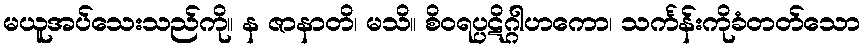
မယူအပ်သေးသည်ကို။ န ဇာနာတိ၊ မသိ။ စိဝရပ္ပဋိဂ္ဂါဟကော၊ သင်္ကန်းကိုခံတတ်သော